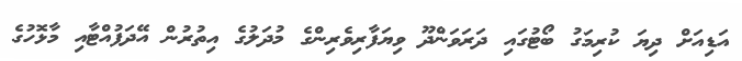
އަޑިއަށް ދިޔަ ކުރިމަގު ބޯޓުގައި ދަރަވަންދޫ ވިޔަފާރިވެރިންގެ މުދަލުގެ އިތުރުން އޭދަފުއްޓާއި މާޅޮހުގެ